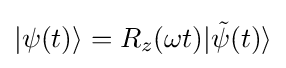
|\psi (t)\rangle =R_{z}(\omega t)|{\tilde {\psi }}(t)\rangle